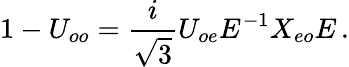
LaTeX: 1-U_{oo}=\frac{i}{\sqrt{3}}U_{oe}E^{-1}X_{eo}E\, .